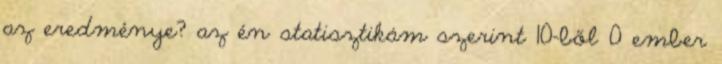
az eredménye? az én statisztikám szerint 10-ből 0 ember